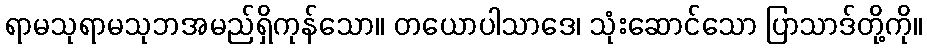
ရာမသုရာမသုဘအမည်ရှိကုန်သော။ တယောပါသာဒေ၊ သုံးဆောင်သော ပြာသာဒ်တို့ကို။